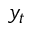
y _ { t }